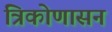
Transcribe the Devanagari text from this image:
त्रिकोणासन